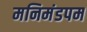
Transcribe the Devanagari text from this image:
मनिमंडपम